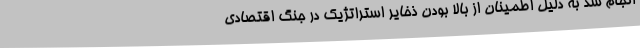
انجام شد به دلیل اطمینان از بالا بودن ذخایر استراتژیک در جنگ اقتصادی